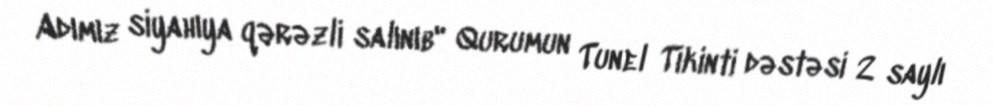
Adımız siyahıya qərəzli salınıb" Qurumun Tunel Tikinti dəstəsi 2 saylı